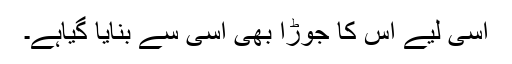
اسی لیے اس کا جوڑا بھی اسی سے بنایا گیاہے۔